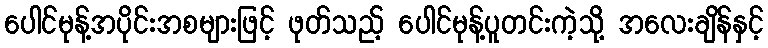
ပေါင်မုန့်အပိုင်းအစများဖြင့် ဖုတ်သည့် ပေါင်မုန့်ပူတင်းကဲ့သို့ အလေးချိန်နှင့်